画像に写った文字を読んでください
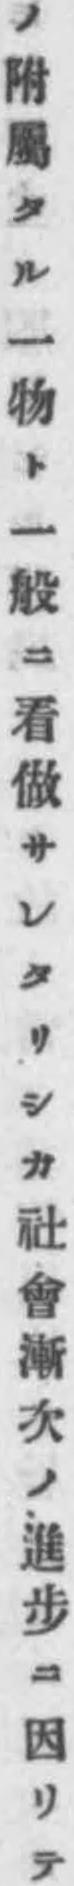
「ノ附屬タル一物ト一般ニ看做サレタリシカ社會漸次ノ進步ニ因リテ」と書いてあります